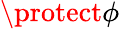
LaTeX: \protect\phi